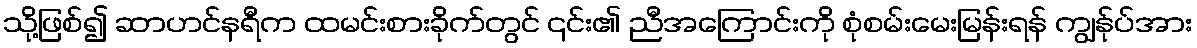
သို့ဖြစ်၍ ဆာဟင်နရီက ထမင်းစားခိုက်တွင် ၎င်း၏ ညီအကြောင်းကို စုံစမ်းမေးမြန်းရန် ကျွန်ုပ်အား